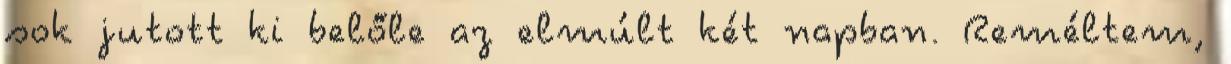
sok jutott ki belőle az elmúlt két napban. Reméltem,